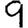
Digit: 9